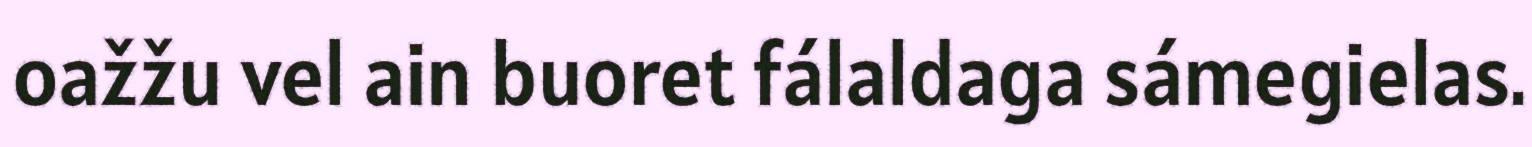
oažžu vel ain buoret fálaldaga sámegielas.